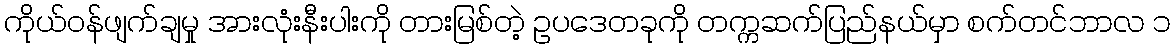
ကိုယ်ဝန်ဖျက်ချမှု အားလုံးနီးပါးကို တားမြစ်တဲ့ ဥပဒေတခုကို တက္ကဆက်ပြည်နယ်မှာ စက်တင်ဘာလ ၁